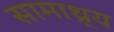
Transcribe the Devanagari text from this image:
सामाथ्र्य